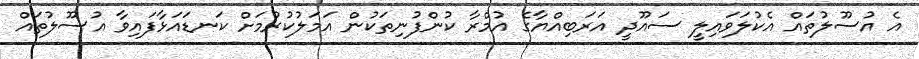
އެ އުސޫލުތައް އެކުލަވައިލީ ސައޫދީ އަރަބިއްޔާގެ އުމްރާ ކުންފުނިތަކުން އަމަލުކުރުމަށް ކަނޑައަޅާފައިވާ އުސޫލުތައް